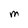
Character: M